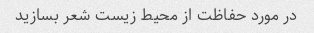
در مورد حفاظت از محیط زیست شعر بسازید